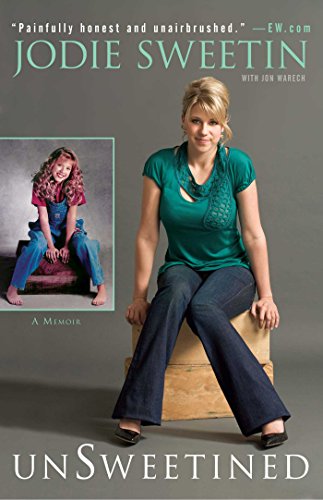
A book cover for unSweetined: A Memoir; Jodie Sweetin; Health, Fitness & Dieting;